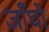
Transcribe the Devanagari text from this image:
जाँघो